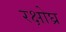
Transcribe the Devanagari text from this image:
रक्षोघ्र